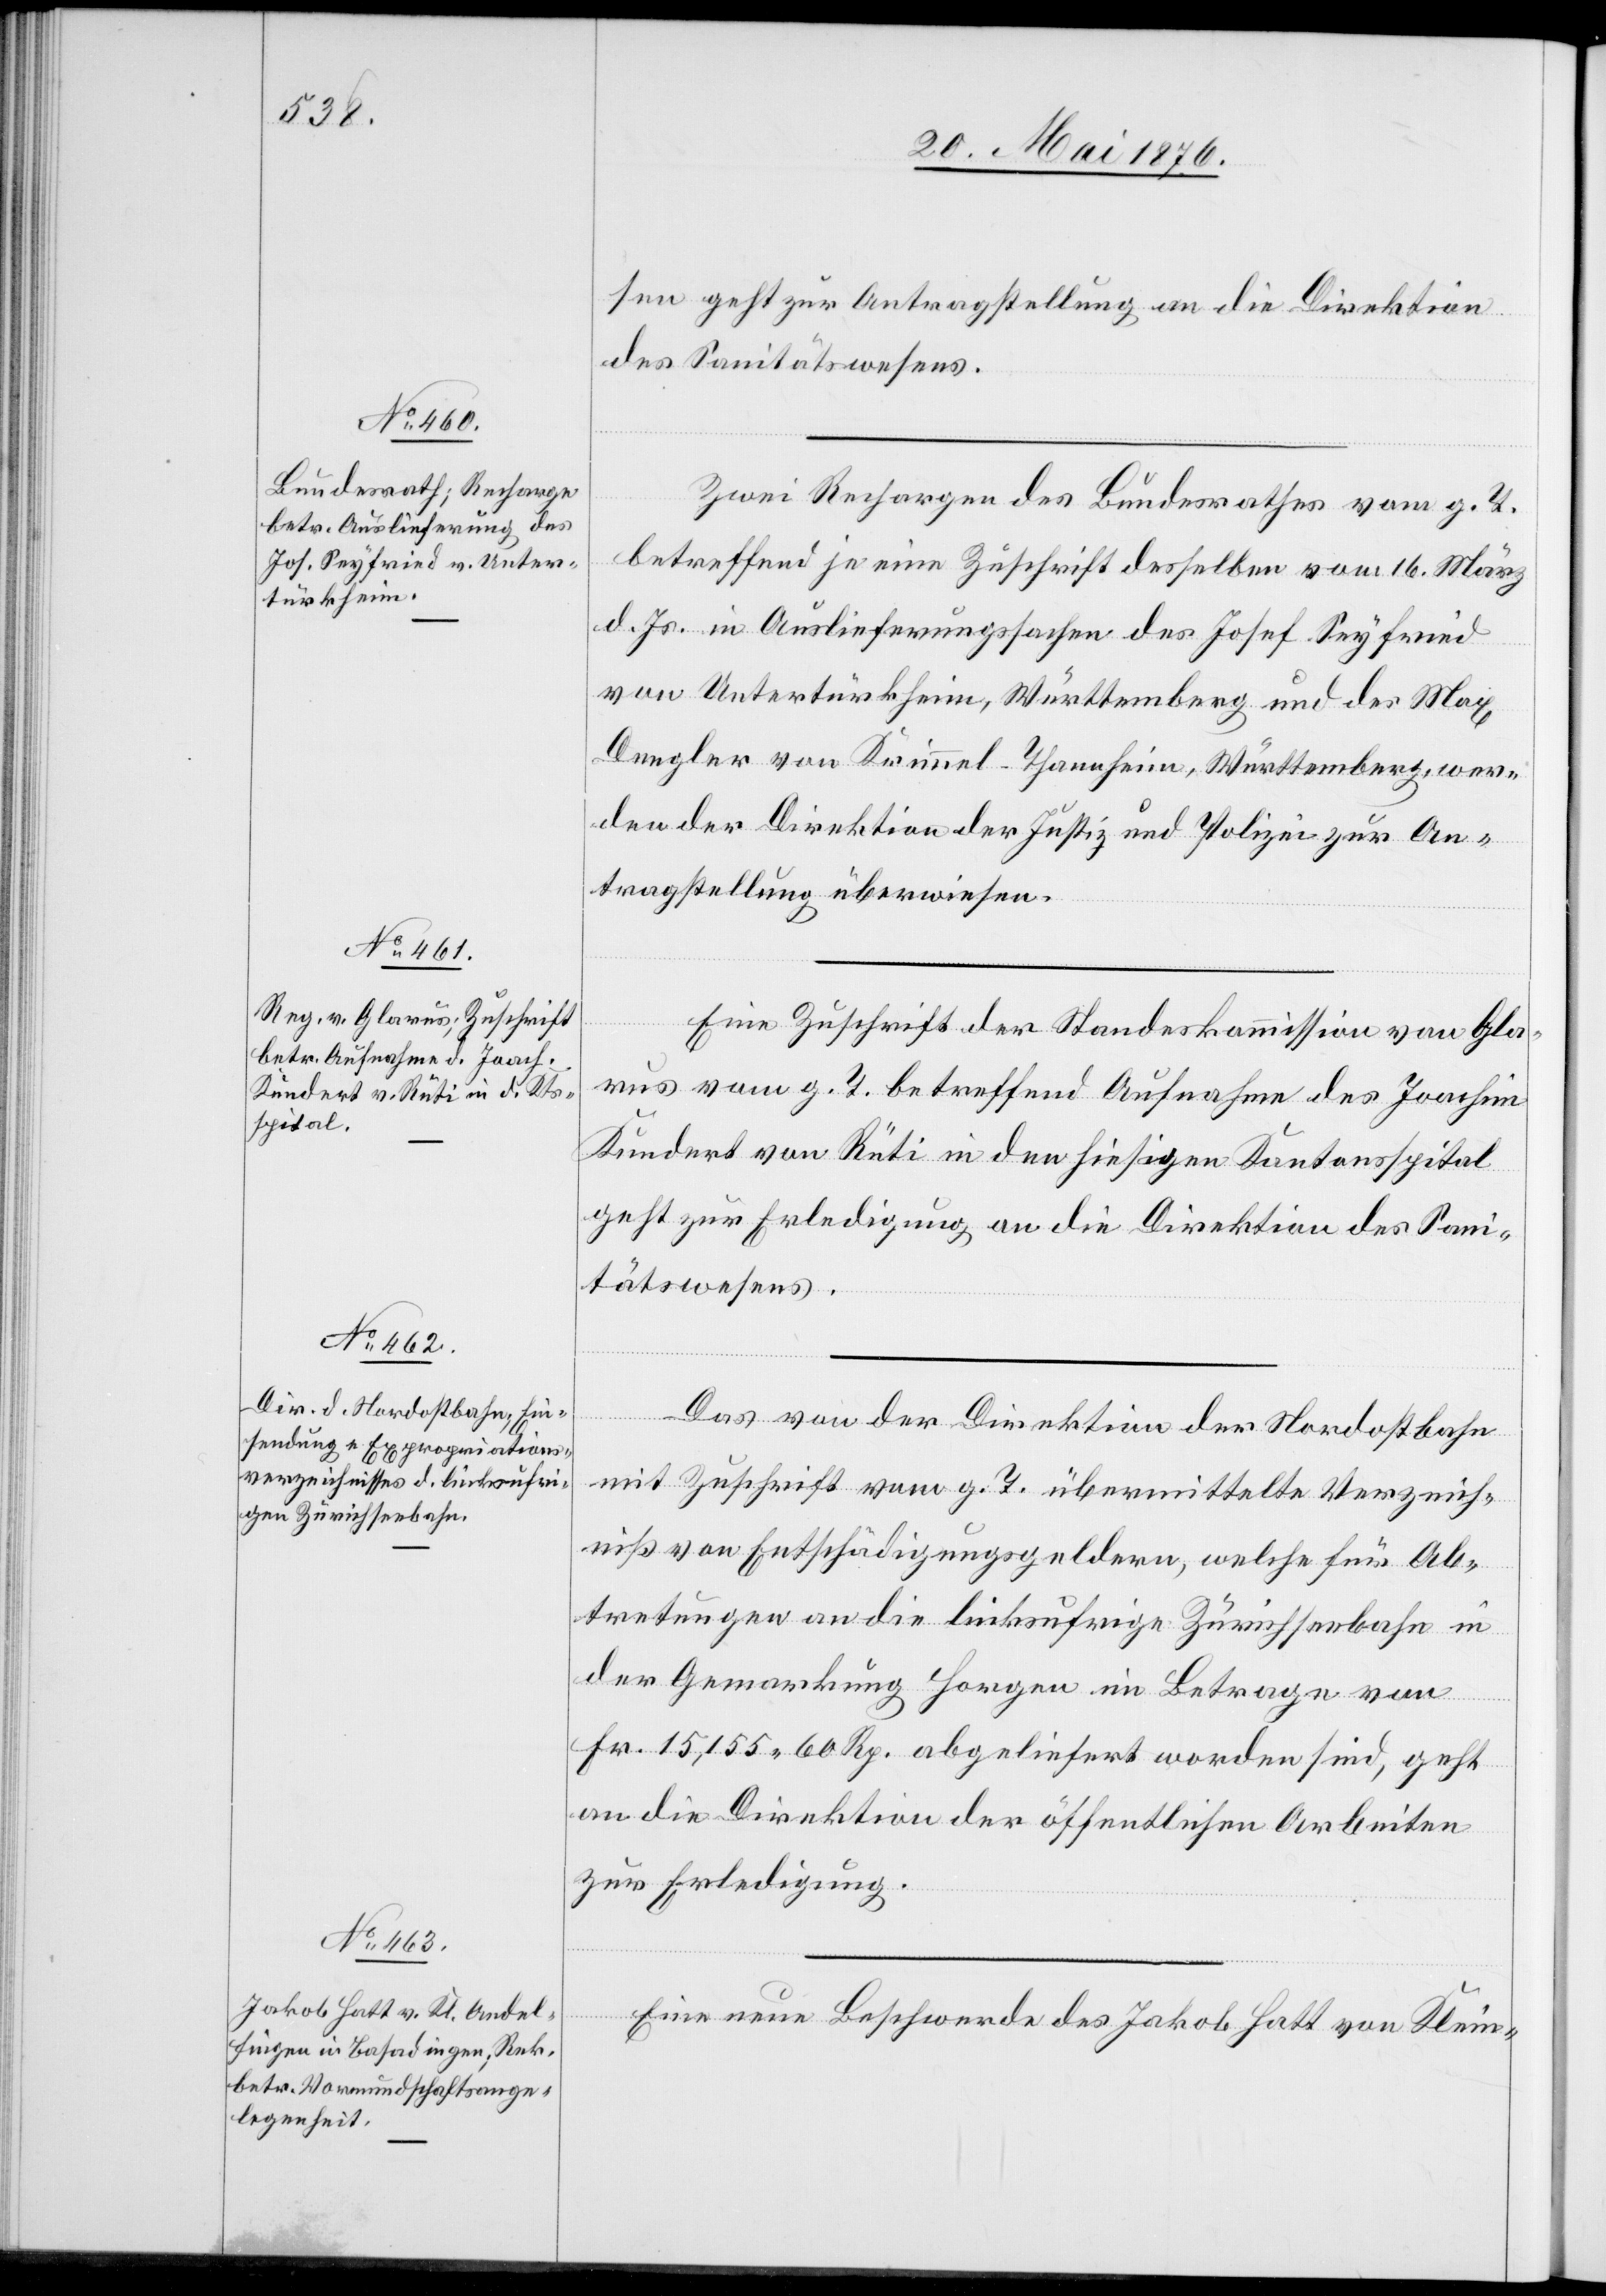
24. Mai 1876.]
sen geht zur Antragstellung an die Direktion
des Sanitätswesens.
Zwei Rechargen des Bundesrathes vom g. T.
betreffend je eine Zuschrift desselben vom 16. März
d. Js. in Auslieferungssachen des Josef Seyfried
von Untertürkheim, Württemberg und des Max
Dengler von Krimmel-Thannheim, Württemberg, wer¬
den der Direktion der Justiz und Polizei zur An¬
tragstellung überwiesen.
Eine Zuschrift der Standeskommission von Gla¬
rus vom g. T. betreffend Aufnahme des Joachim
Kundert von Rüti in den hiesigen Kantonsspital
geht zur Erledigung an die Direktion des Sani¬
tätswesens.
Das von der Direktion der Nordostbahn
mit Zuschrift vom g. T. übermittelte Verzeich¬
niß von Entschädigungsgeldern, welche für Ab¬
tretungen an die linksufrige Zürichseebahn in
der Gemarkung Horgen im Betrage von
Fr. 15,155 60 Rp. abgeliefert worden sind, geht
an die Direktion der öffentlichen Arbeiten
zur Erledigung.
Eine neue Beschwerde des Jakob Hatt von Klein-